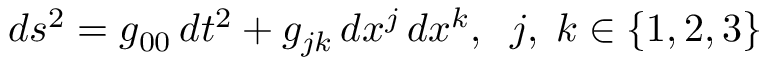
d s ^ { 2 } = g _ { 0 0 } \, d t ^ { 2 } + g _ { j k } \, d x ^ { j } \, d x ^ { k } , \; \; j , \; k \in \{ 1 , 2 , 3 \}